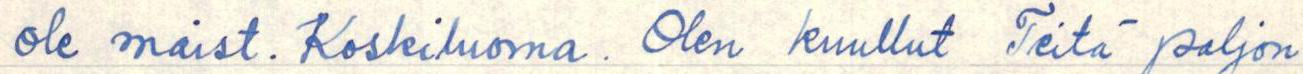
ole maist. Koskiluoma. Olen kuullut Teitä paljon